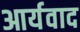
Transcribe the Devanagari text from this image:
आर्यवाद